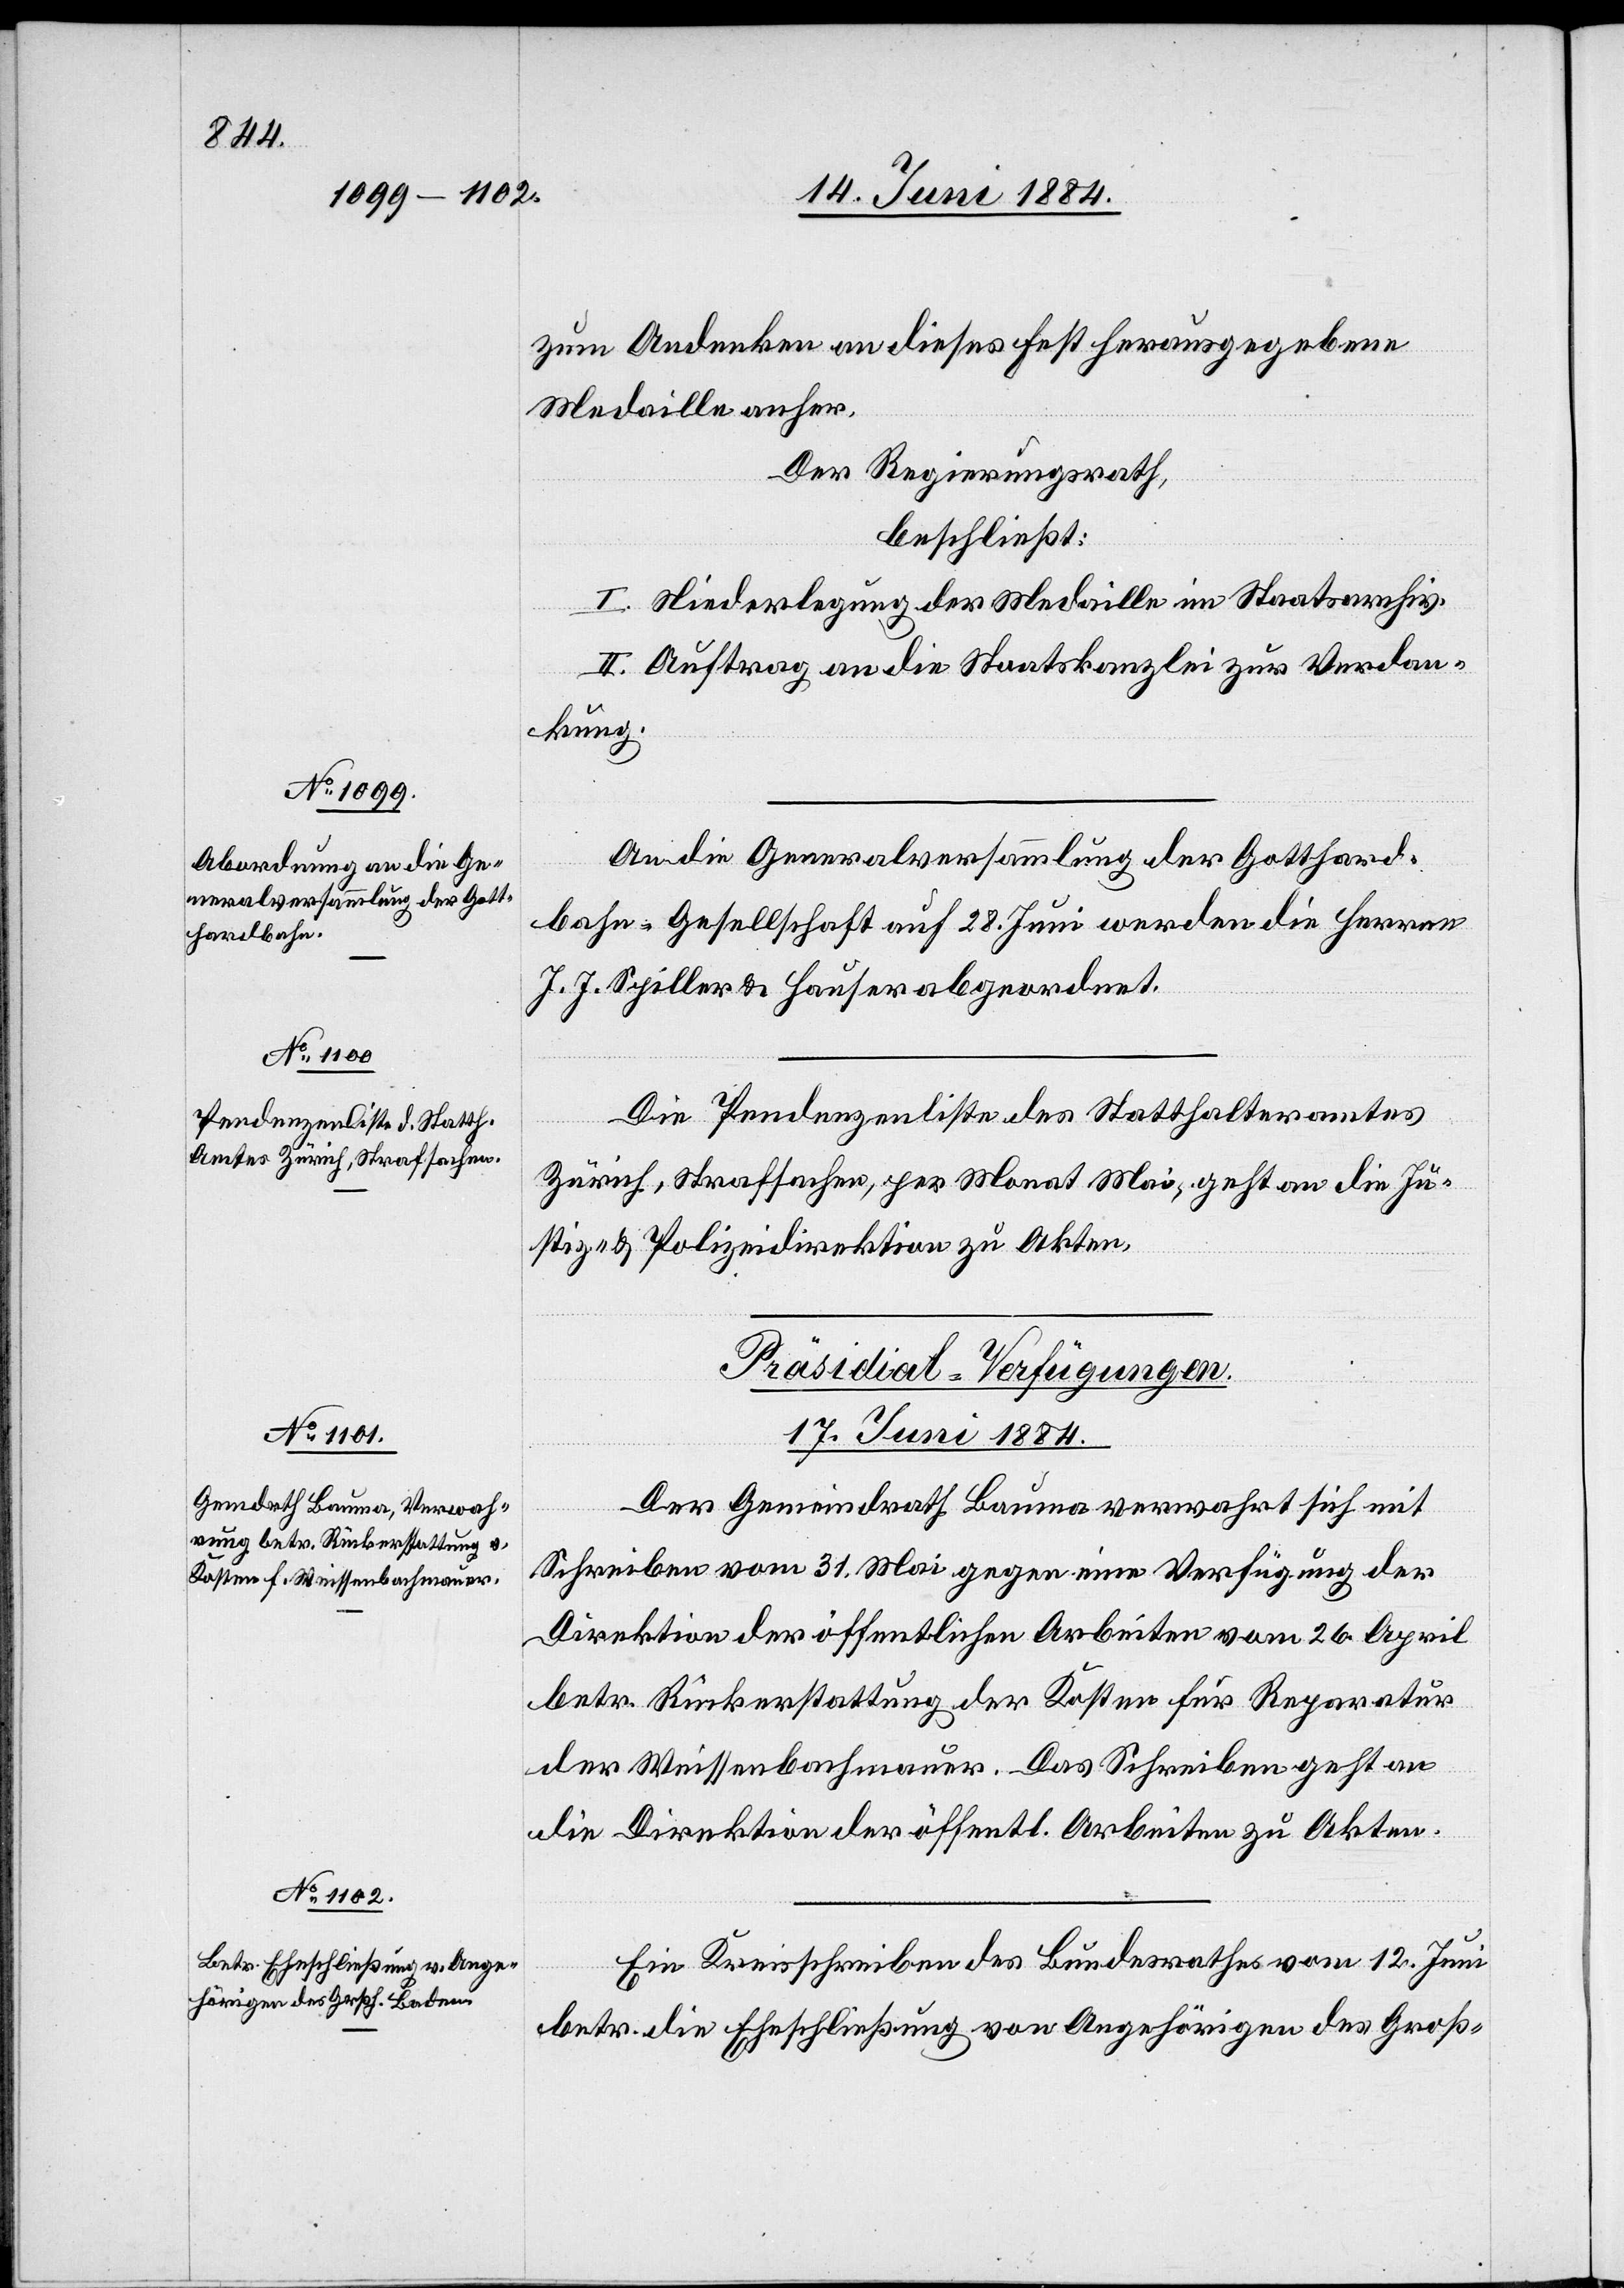
zum Andenken an dieses Fest herausgegebenen
Medaille anher.
Der Regierungsrath,
beschließt:
I. Niederlegung der Medaille im Staatsarchiv.
II. Auftrag an die Staatskanzlei zur Verdan¬
kung.
An die Generalversammlung der Gotthard¬
bahn-Gesellschaft auf 28. Juni werden die Herren
J. J. Spiller & Hauser abgeordnet.
Die Pendenzenliste des Statthalteramtes
Zürich, Strafsachen, per Monat Mai, geht an die Ju¬
stiz- & Polizeidirektion zu Akten.
[Präsidial-Verfügungen.
17. Juni 1884.]
Der Gemeindrath Bauma verwahrt sich mit
Schreiben vom 31. Mai gegen eine Verfügung der
Direktion der öffentlichen Arbeiten vom 26. April
betr. Rückerstattung der Kosten für Reparatur
der Weissenbachmauer. Das Schreiben geht an
die Direktion der öffentl. Arbeiten zu Akten.
Ein Kreisschreiben des Bundesrathes vom 12. Juni
betr. die Eheschließung von Angehörigen des Groß-